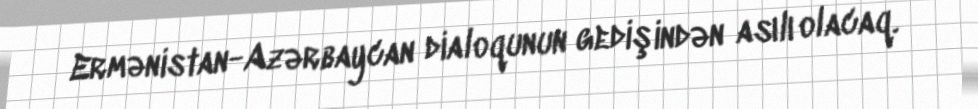
Ermənistan-Azərbaycan dialoqunun gedişindən asılı olacaq.